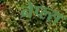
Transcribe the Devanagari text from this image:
नेप्ल्स